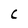
Character: C